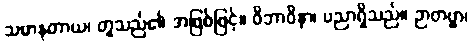
သမာနတာယ၊ တူသည်၏ အဖြစ်ဖြင့်။ ဝိဘာဝိနာ၊ ပညာရှိသည်။ ဉာတဗ္ဗာ၊